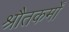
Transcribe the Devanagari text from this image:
श्रौतकर्मों